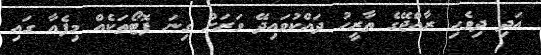
އަދި ދިވެހި ރާއްޖޭގެ ތާރީހު ދައްކުވައިދޭ ވަރަށް ގިނަ ފޮޓޯތަކެއް މިފެއާ ގައި